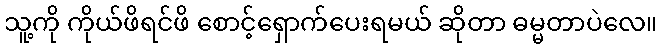
သူ့ကို ကိုယ်ဖိရင်ဖိ စောင့်ရှောက်ပေးရမယ် ဆိုတာ ဓမ္မတာပဲလေ။